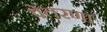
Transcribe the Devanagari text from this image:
वेतरणा